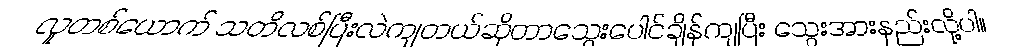
လူတစ်ယောက် သတိလစ်ပြီးလဲကျတယ်ဆိုတာသွေးပေါင်ချိန်ကျပြီး သွေးအားနည်းလို့ပါ။